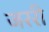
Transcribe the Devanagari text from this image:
जररी